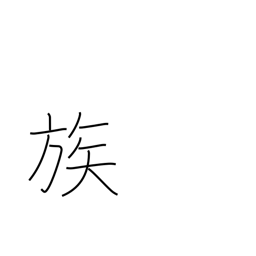
Meaning: tribe